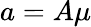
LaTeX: a=A\mu